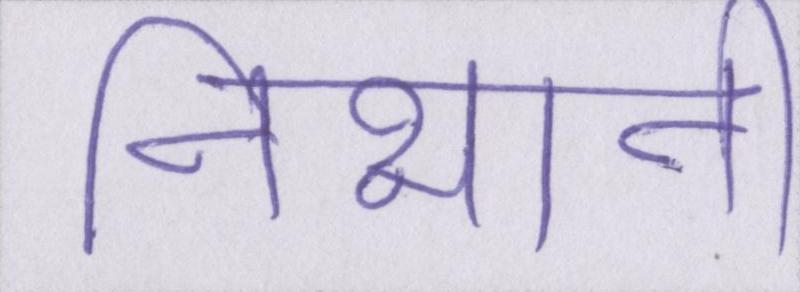
निभानी